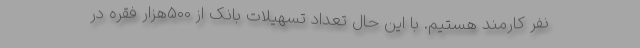
نفر کارمند هستیم. با این حال تعداد تسهیلات بانک از 500هزار فقره در